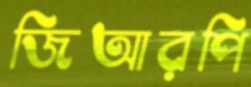
জিআরপি